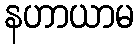
နဟာယာမ